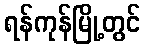
ရန်ကုန်မြို့တွင်